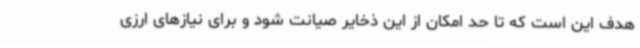
هدف این است که تا حد امکان از این ذخایر صیانت شود و برای نیازهای ارزی